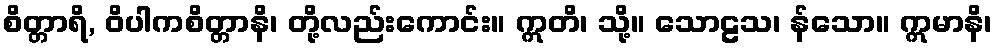
စိတ္တာရိ, ဝိပါကစိတ္တာနိ၊ တို့လည်းကောင်း။ ဣတိ၊ သို့။ သောဠသ၊ န်သော။ ဣမာနိ၊